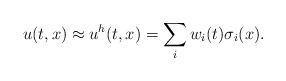
\begin{align*}u(t,x)\approx u^h(t,x)=\sum_i w_i(t)\sigma_i(x).\end{align*}